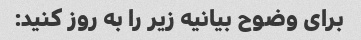
برای وضوح بیانیه زیر را به روز کنید: